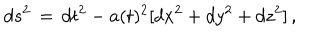
d s ^ { 2 } \, = \, d t ^ { 2 } - a ( t ) ^ { 2 } [ d x ^ { 2 } + d y ^ { 2 } + d z ^ { 2 } ] \, ,